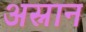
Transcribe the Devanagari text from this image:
अस्नान